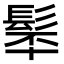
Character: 𩬴